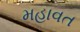
મહાવત